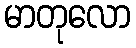
မာတုလော